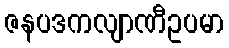
ဇနပဒကလျာဏီဥပမာ